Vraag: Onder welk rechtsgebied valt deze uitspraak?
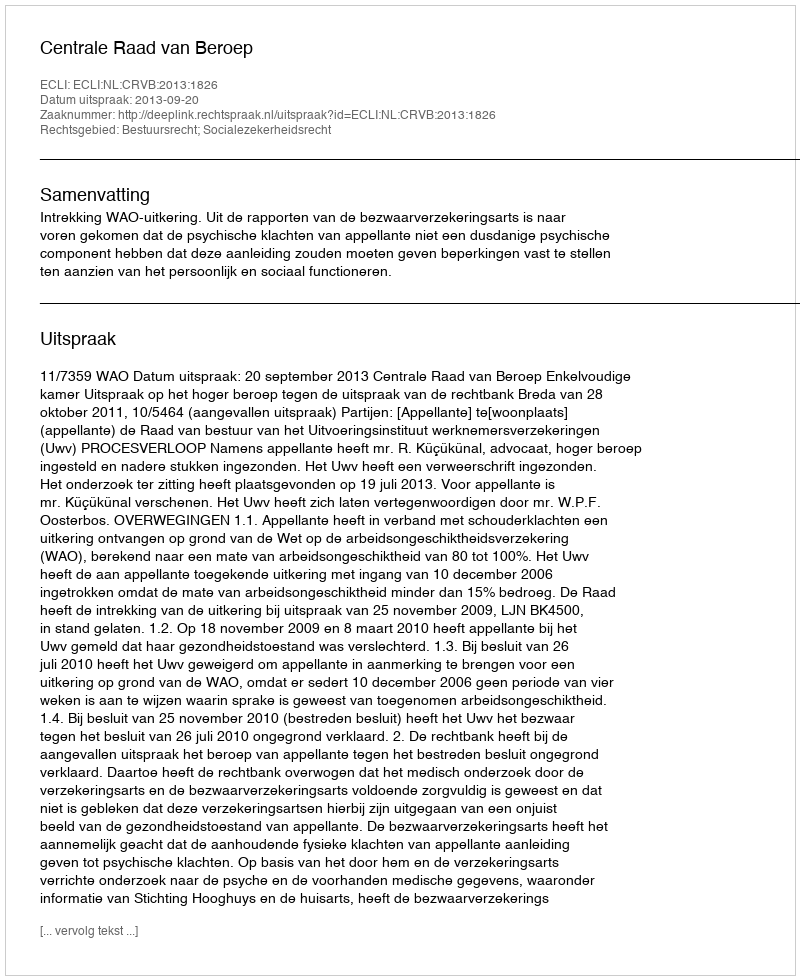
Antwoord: Bestuursrecht; Socialezekerheidsrecht